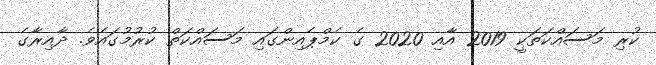
ކުރި މަސައްކަތަކީ 2019 އާއި 2020 ގެ ކެމްޕެއިންގައި މަސައްކަތް ކުރުމުގައެވެ. ދާއިރާގެ